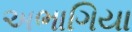
અભાગિયા